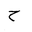
Letter: _ha